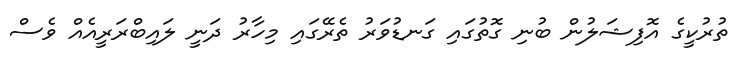
ތުރުކީގެ އޮފިޝަލުން ބުނި ގޮތުގައި ގަނޑުވަރު ތެރޭގައި މިހާރު ދަނީ ލައިބްރަރީއެއް ވެސް